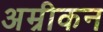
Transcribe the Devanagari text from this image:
अम्रीकन